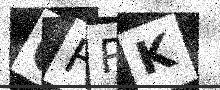
Text: OHRK